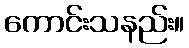
ကောင်းသနည်း။